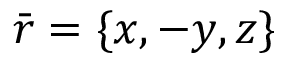
\bar { \boldsymbol { r } } = \{ x , - y , z \}